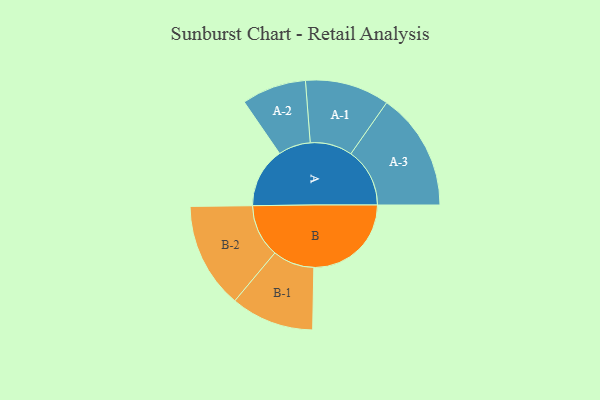
{"axis": {"x": "Segment", "y": "Value"}, "legend": ["", "A", "B"], "data": [{"x": "A", "y": 302, "type": ""}, {"x": "B", "y": 490, "type": ""}, {"x": "A-1", "y": 212, "type": "A"}, {"x": "A-2", "y": 162, "type": "A"}, {"x": "A-3", "y": 296, "type": "A"}, {"x": "B-1", "y": 209, "type": "B"}, {"x": "B-2", "y": 266, "type": "B"}]}